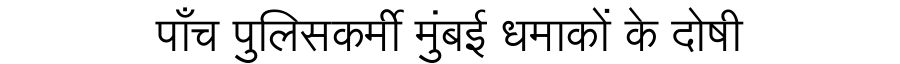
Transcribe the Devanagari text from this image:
पाँच पुलिसकर्मी मुंबई धमाकों के दोषी